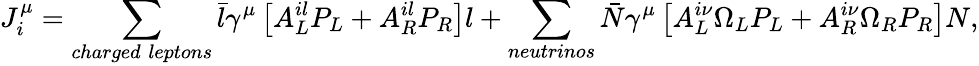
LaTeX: J_{i}^{\mu}=\sum_{charged\; leptons}\bar{l}{\gamma}^{\mu}\left[A_{L}^{il}P_{L}+A_{R}^{il}P_{R}\right]l+\sum_{neutrinos}\bar{N}{\gamma}^{\mu}\left[A_{L}^{i\nu}\Omega_{L}P_{L}+A_{R}^{i\nu}\Omega_{R}P_{R}\right]N,